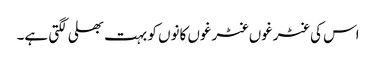
اس کی غٹرغوں غٹرغوں کانوں کو بہت بھلی لگتی ہے۔